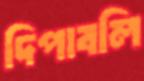
দিপাবলি